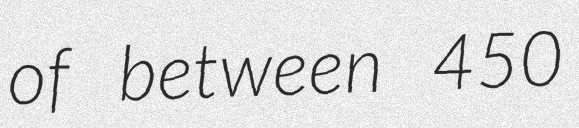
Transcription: of between 450